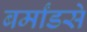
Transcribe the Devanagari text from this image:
बर्मांडसे